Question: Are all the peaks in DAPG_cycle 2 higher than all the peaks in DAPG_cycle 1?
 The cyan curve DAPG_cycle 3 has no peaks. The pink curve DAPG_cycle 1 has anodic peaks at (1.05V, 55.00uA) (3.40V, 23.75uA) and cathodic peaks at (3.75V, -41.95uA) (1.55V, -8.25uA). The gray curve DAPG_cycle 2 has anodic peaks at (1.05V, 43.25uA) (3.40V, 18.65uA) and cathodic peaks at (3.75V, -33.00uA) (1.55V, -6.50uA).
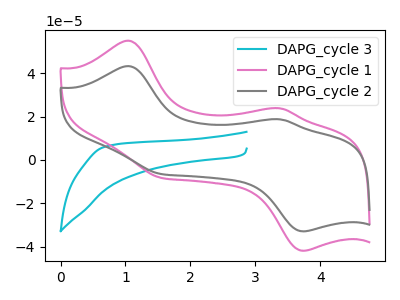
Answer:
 <answer>Every peak in "DAPG_cycle 2" is lower than every peak in "DAPG_cycle 1".</answer>
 <eval>lower</eval>